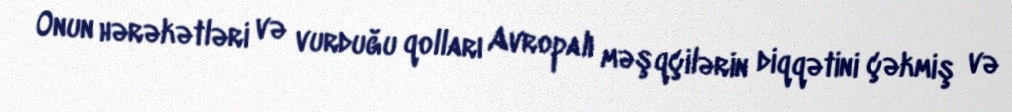
Onun hərəkətləri və vurduğu qolları Avropalı məşqçilərin diqqətini çəkmiş və